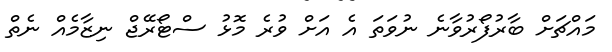
މައްޗަށް ބާރުފޯރުވާނެ ނުވަތަ އެ އަށް ވުރެ މޮޅު ސްޓޯރޭޖް ނިޒާމެއް ނެތް